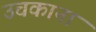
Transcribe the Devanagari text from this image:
उचकाना